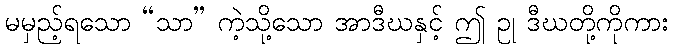
မမှည့်ရသော “သာ” ကဲ့သို့သော အာဒီဃနှင့် ဤ ဥု ဒီဃတို့ကိုကား